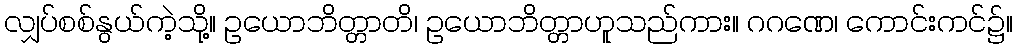
လျှပ်စစ်နွယ်ကဲ့သို့။ ဥယောဘိတ္တာတိ၊ ဥယောဘိတ္တာဟူသည်ကား။ ဂဂဏေ၊ ကောင်းကင်၌။